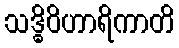
သဒ္ဓိဝိဟာရိကာတိ